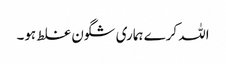
اللہ کرے ہماری شگون غلط ہو۔